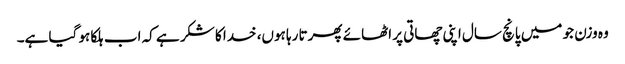
وہ وزن جو میں پانچ سال اپنی چھاتی پر اٹھائے پھرتا رہا ہوں، خدا کا شکر ہے کہ اب ہلکا ہو گیا ہے۔